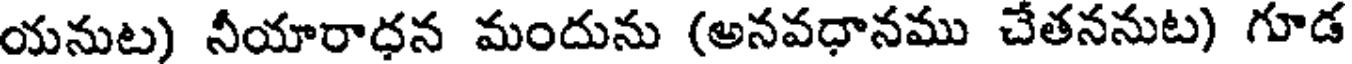
యనుట) నీయారాధన మందును (అనవధానము చేతననుట) గూడ